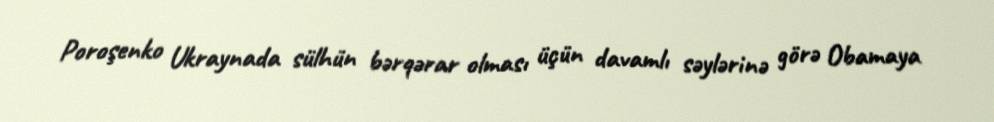
Poroşenko Ukraynada sülhün bərqərar olması üçün davamlı səylərinə görə Obamaya